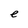
Character: e